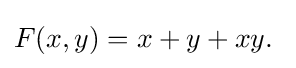
F(x,y)=x+y+xy.\